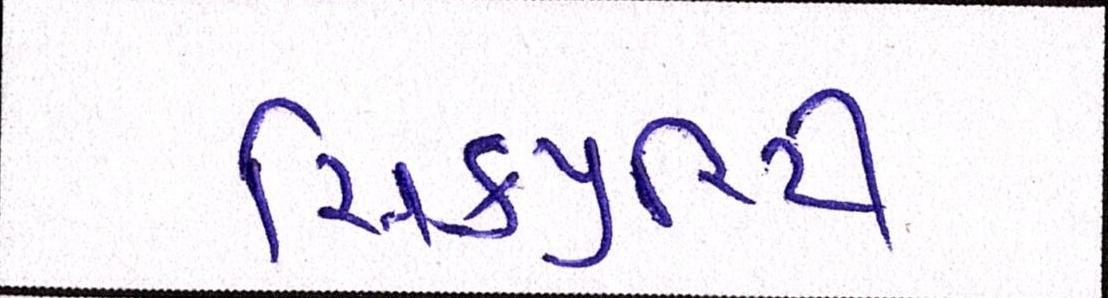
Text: સિકયુરિટી